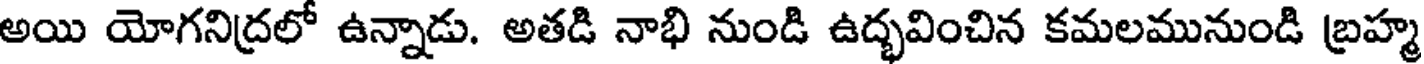
అయి యోగనిద్రలో ఉన్నాడు. అతడి నాభి నుండి ఉద్భవించిన కమలమునుండి బ్రహ్మ